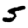
Digit: 5